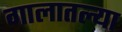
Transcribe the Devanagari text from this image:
गालातल्या